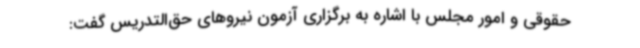
حقوقی و امور مجلس با اشاره به برگزاری آزمون نیروهای حق‌التدریس گفت: